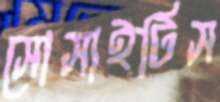
সোসাইটিস